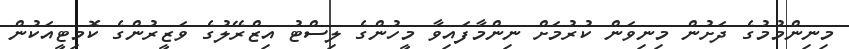
މިނިންމުމުގެ ދަށުން މިނިވަން ކުރުމަށް ނިންމާފައިވާ މީހުންގެ ލިސްޓު އިޒްރޭލުގެ ވަޒީރުންގެ ކޮމިޓީއަކުން